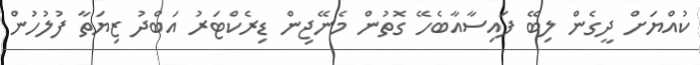
ކުއްޔަށް ދީގެން ލިބޭ ފައިސާއާބެހޭ ގޮތުން މެނޭޖިން ޑިރެކްޓަރު އަބްދު ޒިޔަތާ ފުުލުހުން